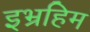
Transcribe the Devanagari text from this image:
इभ्रहिम